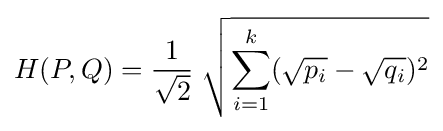
H(P,Q)={\frac {1}{\sqrt {2}}}\;{\sqrt {\sum _{i=1}^{k}({\sqrt {p_{i}}}-{\sqrt {q_{i}}})^{2}}}